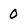
Character: 0